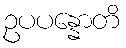
ဥပပန္နောတိ